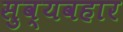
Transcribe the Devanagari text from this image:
सुव्यवहार